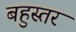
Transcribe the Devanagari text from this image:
बहुस्तर